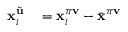
\begin{array} { r l } { \mathbf { x } _ { i } ^ { \tilde { \mathbf { u } } } } & { { } = \mathbf { x } _ { i } ^ { \pi \mathbf { v } } - \bar { \mathbf { x } } ^ { \pi \mathbf { v } } } \end{array}